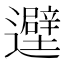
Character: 𬩮